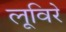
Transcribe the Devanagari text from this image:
लूविरे